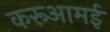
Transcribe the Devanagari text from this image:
करूआमई